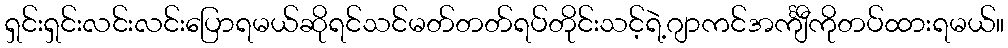
ရှင်းရှင်းလင်းလင်းပြောရမယ်ဆိုရင်သင်မတ်တတ်ရပ်တိုင်းသင့်ရဲ့ဂျာကင်အင်္ကျီကိုတပ်ထားရမယ်။